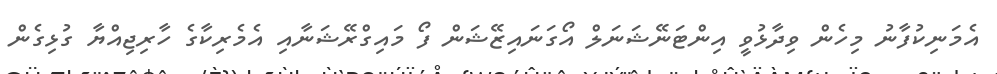
އެމަނިކުފާނު މިހެން ވިދާޅުވީ އިންޓަނޭޝަނަލް އޯގަނައިޒޭޝަން ފޯ މައިގްރޭޝަނާއި އެމެރިކާގެ ހާރިޖިއްޔާ ގުޅިގެން